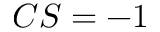
C S = - 1